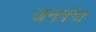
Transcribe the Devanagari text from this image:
जनगंगा